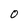
Character: 0